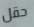
حقل